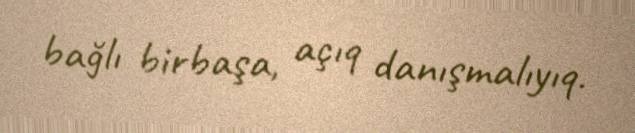
bağlı birbaşa, açıq danışmalıyıq.